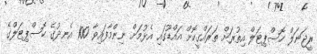
ރީޖަނަލް ހޮސްޕިޓަލް އިތުރަށް ތަރައްގީކޮށް އައްޑޫގައި އެޅުމަށް ނިންމާފައިވާ 100 އެނދުގެ ހޮސްޕިޓަލްގެ